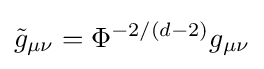
{\tilde {g}}_{\mu \nu }=\Phi ^{-2/(d-2)}g_{\mu \nu }